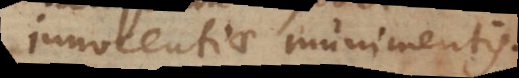
innocentiae munimentis.